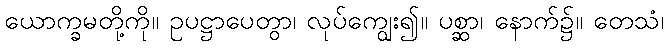
ယောက္ခမတို့ကို။ ဥပဋ္ဌာပေတွာ၊ လုပ်ကျွေး၍။ ပစ္ဆာ၊ နောက်၌။ တေသံ၊